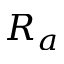
R _ { a }